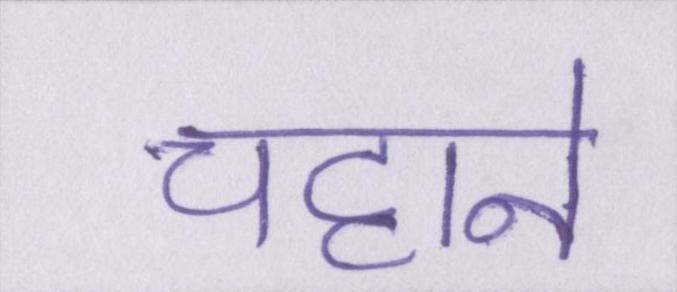
चट्टाने